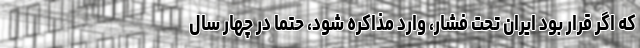
که اگر قرار بود ایران تحت فشار، وارد مذاکره شود، حتماً در چهار سال